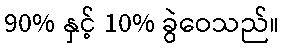
90% နှင့် 10% ခွဲဝေသည်။